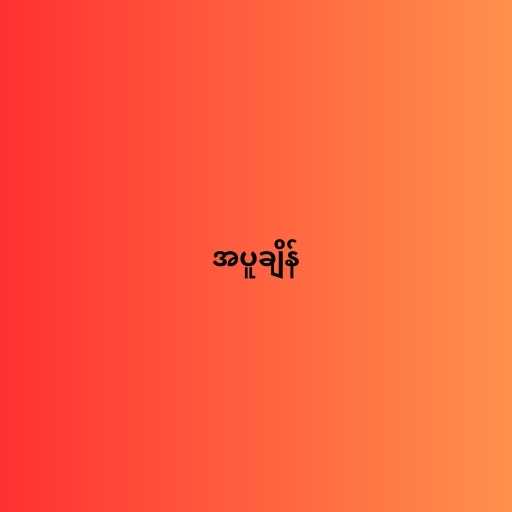
အပူချိန်